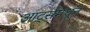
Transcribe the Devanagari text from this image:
आर्ट्समधून